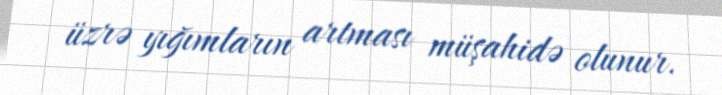
üzrə yığımların artması müşahidə olunur.